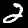
Digit: 2